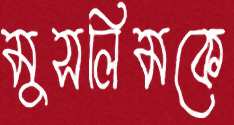
মুসলিমকে